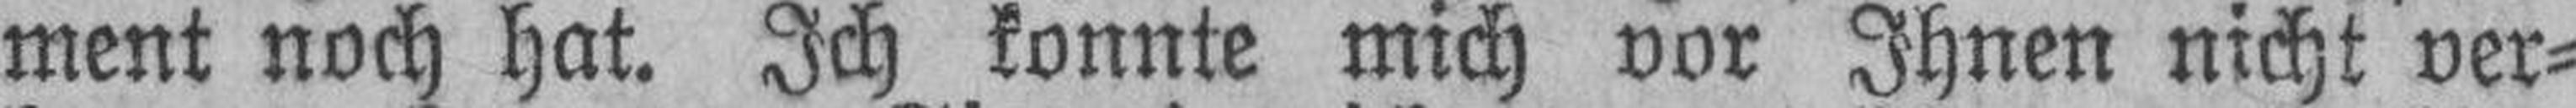
ment noch hat. Ich konnte mich vor Ihnen nicht ver¬